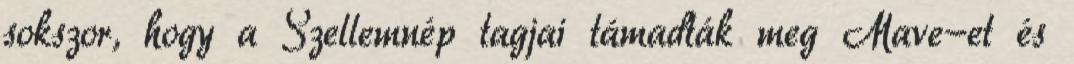
sokszor, hogy a Szellemnép tagjai támadták meg Mave-et és